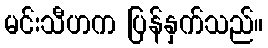
မင်းသီဟက ပြန်နှက်သည်။